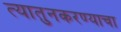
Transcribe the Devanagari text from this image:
त्यातुनकरण्याचा